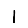
Digit: 1